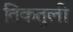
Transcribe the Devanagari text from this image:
तिकतुली